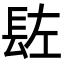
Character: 䦈